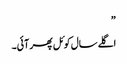
”
اگلے سال کوئل پھر آئی۔